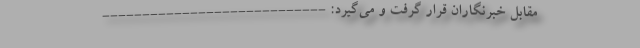
مقابل خبرنگاران قرار گرفت و می‌گیرد: ----------------------------